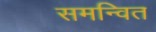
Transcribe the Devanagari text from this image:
समन्‍वित